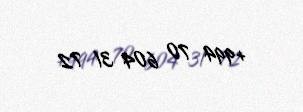
+994 70 604 31 72